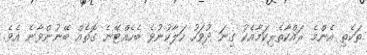
ތަކެތި އެންމެ ރައްކާތެރިކަމާއެކު ގިނަ ދުވަހު ހަލާކުނުވެ ބެހެއްޓޭނެ ގޮތެއް ބޭނުންވާނެ އެވެ.